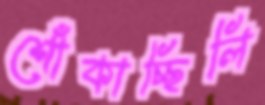
শোঁকাচ্ছিলি